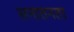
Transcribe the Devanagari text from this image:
सनातनता